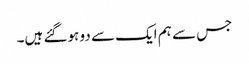
جس سے ہم ایک سے دو ہوگئے ہیں۔